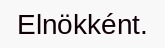
Elnökként.